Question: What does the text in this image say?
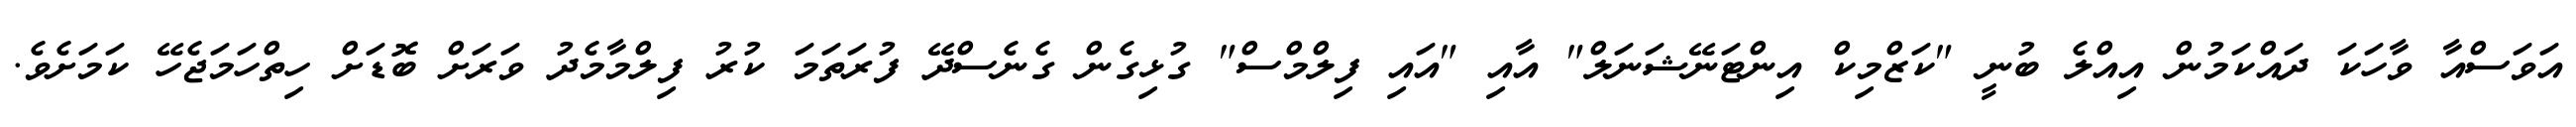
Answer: އަވަސްއާ ވާހަކަ ދައްކަމުން އިއްލެ ބުނީ "ކަޒްމިކް އިންޓަނޭޝަނަލް" އާއި "އައި ފިލްމްސް" ގުޅިގެން ގެނެސްދޭ ފުރަތަމަ ކުރު ފިލްމާމެދު ވަރަށް ބޮޑަށް ހިތްހަމަޖެހޭ ކަމަށެވެ.